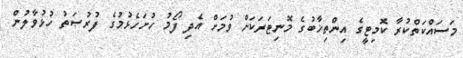
މަސައްކަތްކުރާ ކޮމިޓީގެ އިންތިޚާބުގެ މޮނިޓަރަކަށް ވުމަށް އެދި ފޯމު ހުށަހެޅުމުގެ ފުރުޞަތު ހުޅުވާލުން